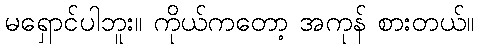
မရှောင်ပါဘူး။ ကိုယ်ကတော့ အကုန် စားတယ်။